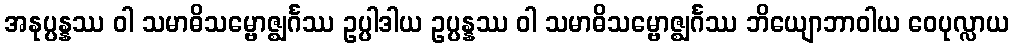
အနုပ္ပန္နဿ ဝါ သမာဓိသမ္ဗောဇ္ဈင်္ဂဿ ဥပ္ပါဒါယ ဥပ္ပန္နဿ ဝါ သမာဓိသမ္ဗောဇ္ဈင်္ဂဿ ဘိယျောဘာဝါယ ဝေပုလ္လာယ